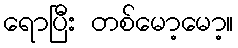
ရောပြီး တစ်မော့မော့။